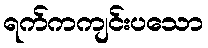
ရက်ကကျင်းပသော